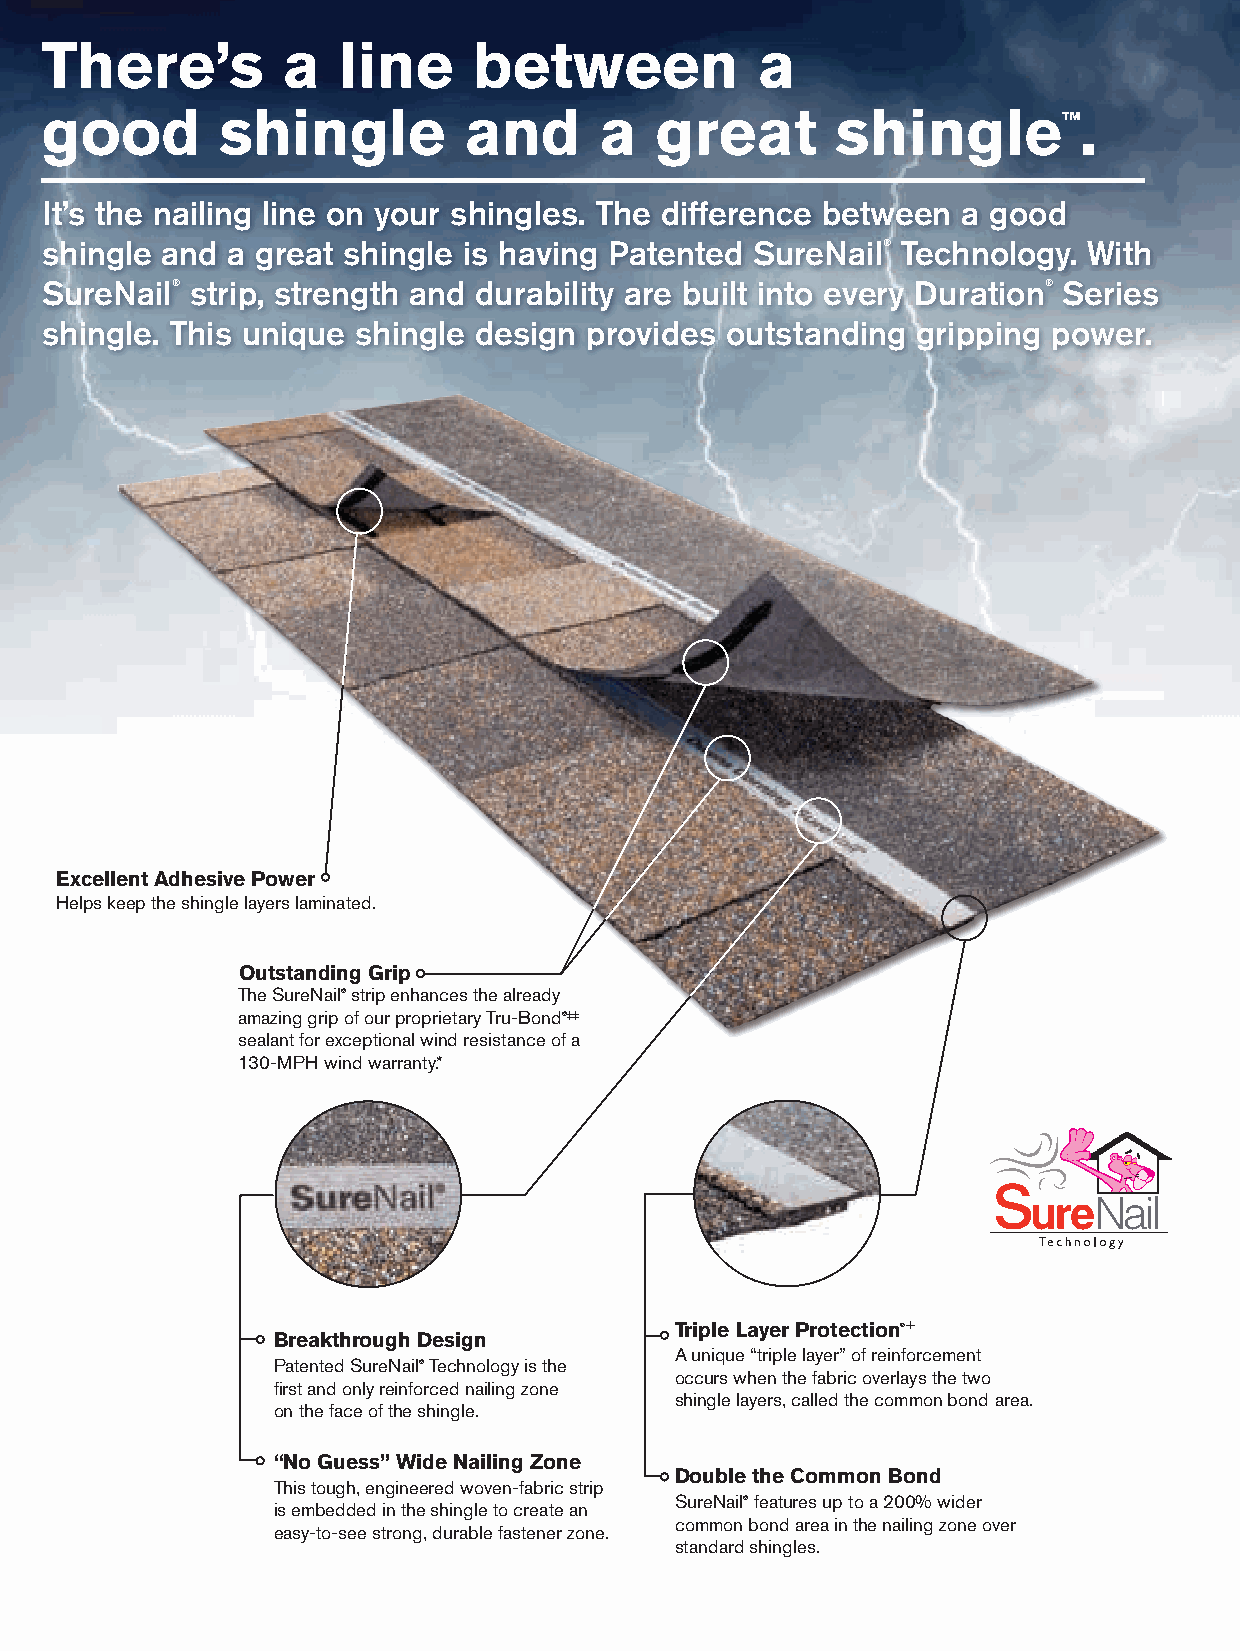
There’s         a  line     between            a
 good        shingle         and      a  great       shingle™.
 It’s the nailing line on your shingles. The difference between a good
 shingle and a great shingle is having Patented SureNail® Technology. With
 SureNail® strip, strength and durability are built into every Duration® Series
 shingle. This unique shingle design provides outstanding  gripping power.
 Excellent Adhesive Power
 Helps keep the shingle layers laminated.
 Outstanding Grip
 The SureNail® strip enhances the already
 amazing grip of our proprietary Tru-Bond®‡‡
 sealant for exceptional wind resistance of a
 130-MPH wind warranty.*
 Triple Layer Protection®+
 Breakthrough Design
 A unique “triple layer” of reinforcement
 Patented SureNail® Technology is the
 occurs when the fabric overlays the two
 first and only reinforced nailing zone
 shingle layers, called the common bond area.
 on the face of the shingle.
 “No Guess” Wide Nailing Zone
 Double the Common Bond
 This tough, engineered woven-fabric strip
 SureNail® features up to a 200% wider
 is embedded in the shingle to create an
 common bond area in the nailing zone over
 easy-to-see strong, durable fastener zone.
 standard shingles.